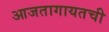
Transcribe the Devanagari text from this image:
आजतागायतची